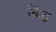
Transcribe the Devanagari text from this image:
ब्रिद्ध